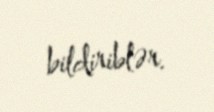
bildiriblər.